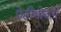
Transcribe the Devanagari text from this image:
पेटीभोवती